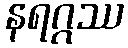
နရဂ္ဂဿ